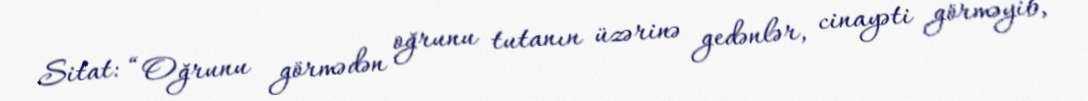
Sitat: “Oğrunu görmədən oğrunu tutanın üzərinə gedənlər, cinayəti görməyib,